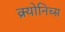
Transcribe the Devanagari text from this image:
क्र्योनिच्स